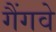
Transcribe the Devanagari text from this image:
गैंगवे